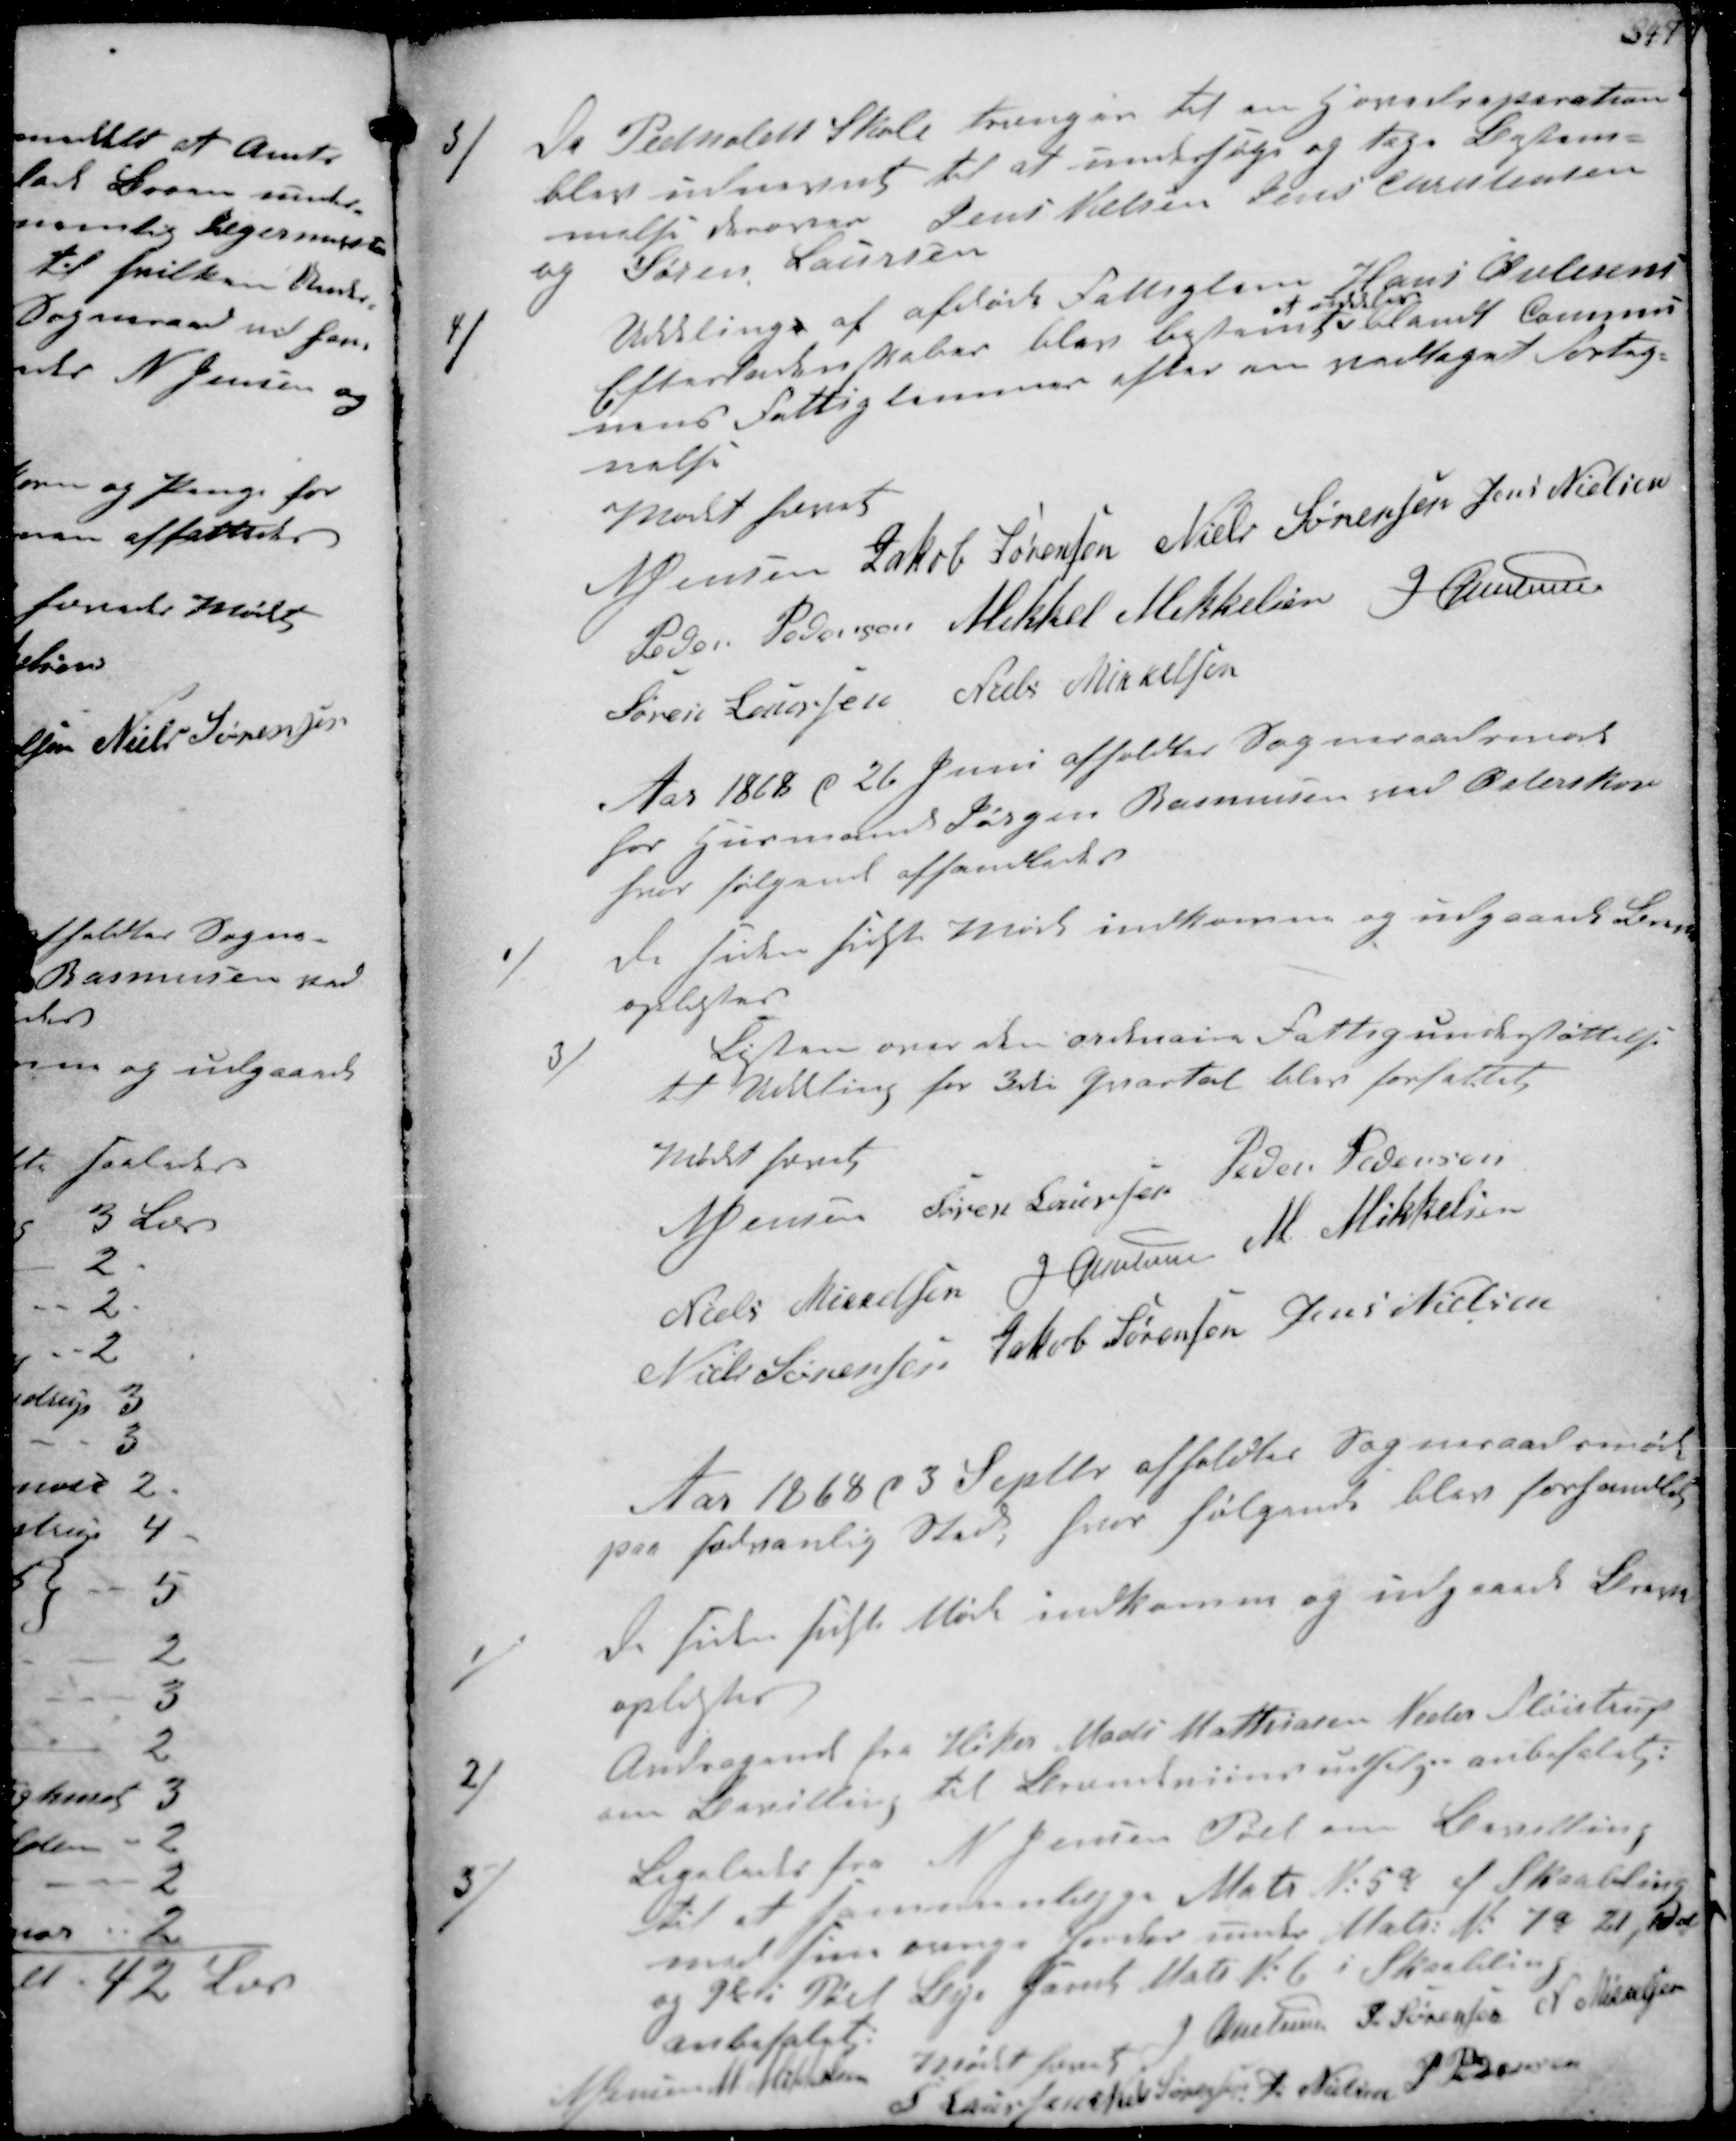
Transskription:
3/ Da Pedholdt Skole trænger til en Hovedreparation
blev udnævnt til at undersøge og tage Bestem-
melse derover Jens Nielsen Jens Chistensen
og Søren Laursen
4/
Uddeling af afdøde Fattiglem Hans Øvlisens
Efterladenskaber blev bestemt
at uddeles
blandt Kommu-
nens Fattiglemmer efter en vedtaget Forteg-
nelse
Mødet hævet
N Jensen Jakob Sørensen Niels Sørensen Jens Nielsen
Peder Pedersen Mikkel Mikkelsen J Christensen
Søren Laursen Niels Mikkelsen

Aar 1868 d. 26 Juni afholdtes Sogneraadsmøde
hos Husmand Jørgen Rasmussen ved Østerskov
hvor følgende afhandledes
1/
De siden sidste Møde indkomne og udgaaede Breve
oplæstes
3/
Listen over den ordinaire Fattigunderstøttelse
til Uddeling for 3de Kvartal blev forfattet
Mødet hævet
N Jensen Søren Laursen Peder Pedersen
Niels Mikkelsen J. Christensen M Mikkelsen
Niels Sørensen Jakob Sørensen Jens Nielsen

Aar 1868 d 3 Septbr afholdtes Sogneraadsmøde
paa sædvanlig Sted, hvor følgende blev forhandlet
1
De siden sidste Møde indkomne og udgaaede Breve
oplæstes
2/
Andragende fra Høker Niels Mathiesen Neder Fløistrup
om Bevilling til Beværtnings udsalg - anbefalet.
3/
Ligeledes fra N Jensen Pøel om Bevilling
til at sammenlæggew Matr Nr 5q af Skaabling
med sine øvrige haver under Matr Nr 7q 21,  
og 9b i Pøel Bege givet Matr Nr 6 i Skaabling
Anbefalet
J Christensen S Sørensen N Mikkelsen
N Jensen Mødet hævet
S Laursen Niels Sørensen J Nielsen
P Pedersen